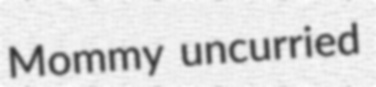
Mommy uncurried